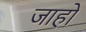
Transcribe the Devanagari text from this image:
जाहों